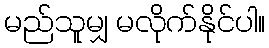
မည်သူမျှ မလိုက်နိုင်ပါ။